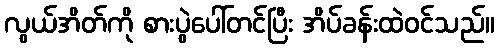
လွယ်အိတ်ကို စားပွဲပေါ်တင်ပြီး အိပ်ခန်းထဲဝင်သည်။